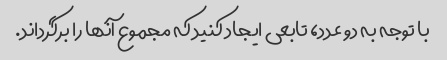
با توجه به دو عدد، تابعی ایجاد کنید که مجموع آنها را برگرداند.